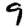
Digit: 9